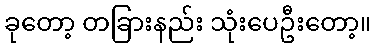
ခုတော့ တခြားနည်း သုံးပေဦးတော့။